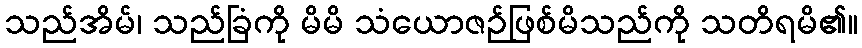
သည်အိမ်၊ သည်ခြံကို မိမိ သံယောဇဉ်ဖြစ်မိသည်ကို သတိရမိ၏။